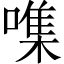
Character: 㗱